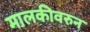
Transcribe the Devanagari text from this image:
मालकीवरुन